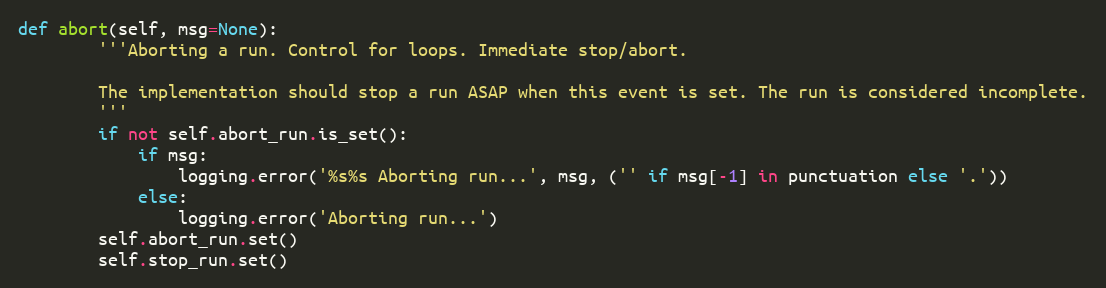
Language: Python
def abort(self, msg=None):
        '''Aborting a run. Control for loops. Immediate stop/abort.

        The implementation should stop a run ASAP when this event is set. The run is considered incomplete.
        '''
        if not self.abort_run.is_set():
            if msg:
                logging.error('%s%s Aborting run...', msg, ('' if msg[-1] in punctuation else '.'))
            else:
                logging.error('Aborting run...')
        self.abort_run.set()
        self.stop_run.set()